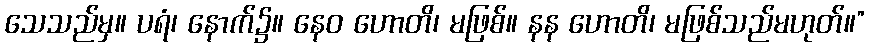
သေသည်မှ။ ပရံ၊ နောက်၌။ နေဝ ဟောတိ၊ မဖြစ်။ နန ဟောတိ၊ မဖြစ်သည်မဟုတ်။”